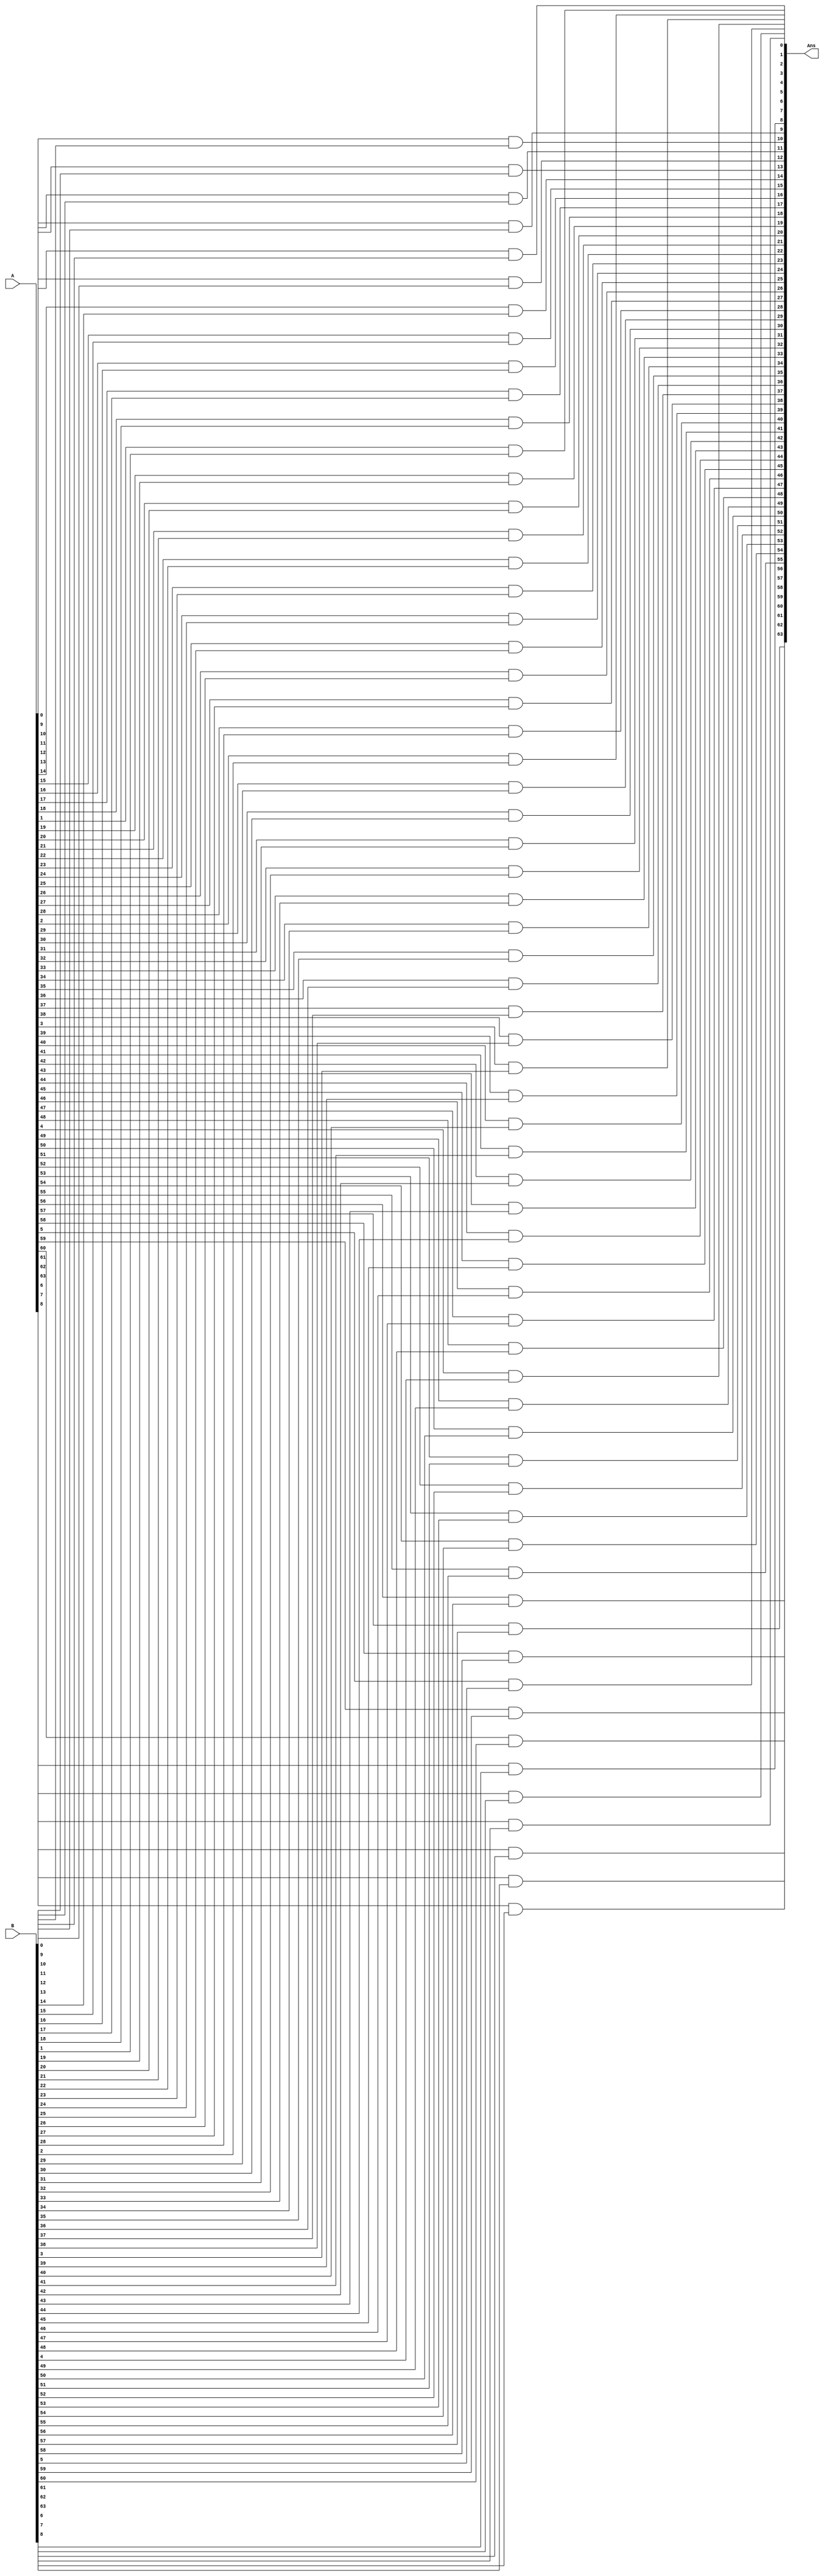
module and64bits(A,B,Ans);
    input  signed [63:0]A;
    input  signed [63:0]B;
    output signed  [63:0] Ans;

    genvar i;
    for(i= 0;i<64; i=i+1)begin
        and(Ans[i] , A[i], B[i]);
        // $display(Ans[i]);
        
    end

    //  $monitor($time,"A=%b \n B=%b \n Out=%b\n", A,B, Ans);
      
endmodule